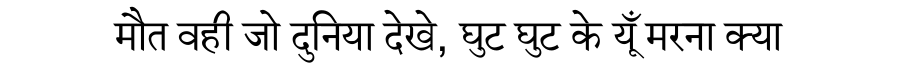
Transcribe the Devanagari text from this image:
मौत वही जो दुनिया देखे, घुट घुट के यूँ मरना क्या